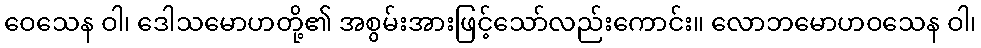
ဝေသေန ဝါ၊ ဒေါသမောဟတို့၏ အစွမ်းအားဖြင့်သော်လည်းကောင်း။ လောဘမောဟဝသေန ဝါ၊